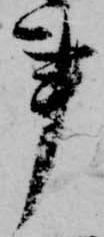
事